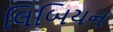
લિબિયન